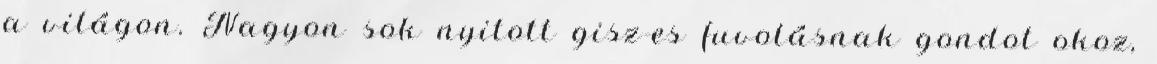
a világon. Nagyon sok nyitott gisz-es fuvolásnak gondot okoz,